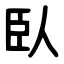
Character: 臥